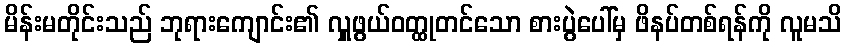
မိန်းမတိုင်းသည် ဘုရားကျောင်း၏ လှူဖွယ်ဝတ္ထုတင်သော စားပွဲပေါ်မှ ဖိနပ်တစ်ရန်ကို လူမသိ